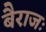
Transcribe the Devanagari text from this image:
बैराजः